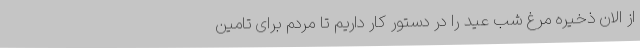
از الان ذخیره مرغ شب عید را در دستور کار داریم تا مردم برای تامین